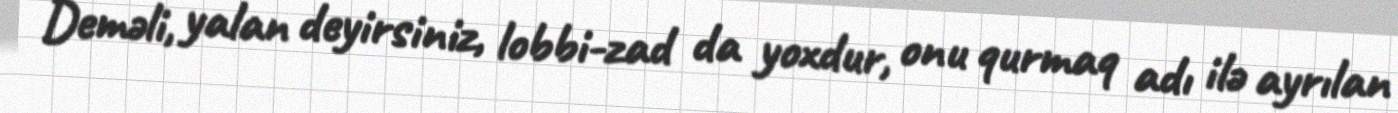
Deməli, yalan deyirsiniz, lobbi-zad da yoxdur, onu qurmaq adı ilə ayrılan